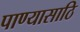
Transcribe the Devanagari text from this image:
पाण्यासाठि